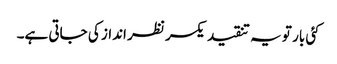
کئی بار تو یہ تنقید یکسر نظر انداز کی جاتی ہے۔